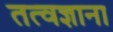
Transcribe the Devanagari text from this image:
तत्वज्ञाना